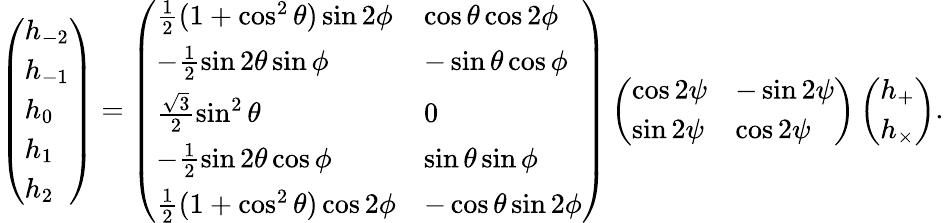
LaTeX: \left(\begin{array}{l}{h_{-2}}\\ {h_{-1}}\\ {h_{0}}\\ {h_{1}}\\ {h_{2}}\end{array}\right)=\left(\begin{array}{ll}{\frac 12(1+\cos^{2}\theta)\sin 2\phi}&{\cos\theta\cos 2\phi}\\ {-\frac 12\sin 2\theta\sin\phi}&{-\sin\theta\cos\phi}\\ {\frac{\sqrt{3}}{2}\sin^{2}\theta}&{0}\\ {-\frac 12\sin 2\theta\cos\phi}&{\sin\theta\sin\phi}\\ {\frac 12(1+\cos^{2}\theta)\cos 2\phi}&{-\cos\theta\sin 2\phi}\end{array}\right)\left(\begin{array}{ll}{\cos 2\psi}&{-\sin 2\psi}\\ {\sin 2\psi}&{\cos 2\psi}\end{array}\right)\left(\begin{array}{l}{h_{+}}\\ {h_{\times}}\end{array}\right).